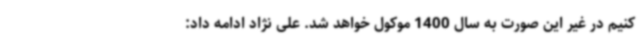
کنیم در غیر این صورت به سال 1400 موکول خواهد شد. علی نژاد ادامه داد: